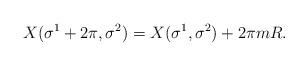
LaTeX: \begin{align*}X(\sigma^1+2\pi, \sigma^2) = X(\sigma^1, \sigma^2) + 2\pi m R.\end{align*}